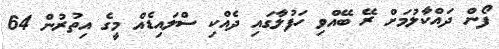
ފޯން ދައްކާލުމަށް ރޭ ބޭއްވި ހަފުލާގައި ދެއްކި ސްލައިޑެެއް މީގެ އިތުރުން 64